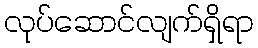
လုပ်ဆောင်လျက်ရှိရာ